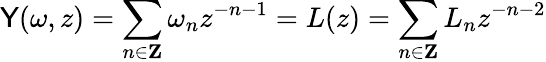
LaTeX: \mathsf{Y}(\omega,z)=\sum_{n\in\mathbf{{Z}}}\omega_{n}{z^{-n-1}}=L(z)=\sum_{n\in\mathbf{{Z}}}L_{n}z^{-n-2}